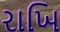
રાખિ